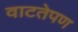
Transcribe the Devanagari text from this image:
वाटतेपण